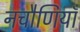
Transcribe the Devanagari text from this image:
नचौणियाँ